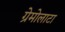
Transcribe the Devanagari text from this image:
ग्रेमोलाटा